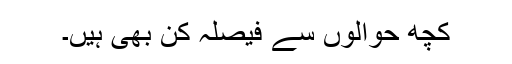
کچھ حوالوں سے فیصلہ کن بھی ہیں۔